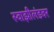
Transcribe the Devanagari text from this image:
स्वाझीलंडवर